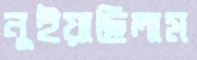
নুইয়াছিলাম